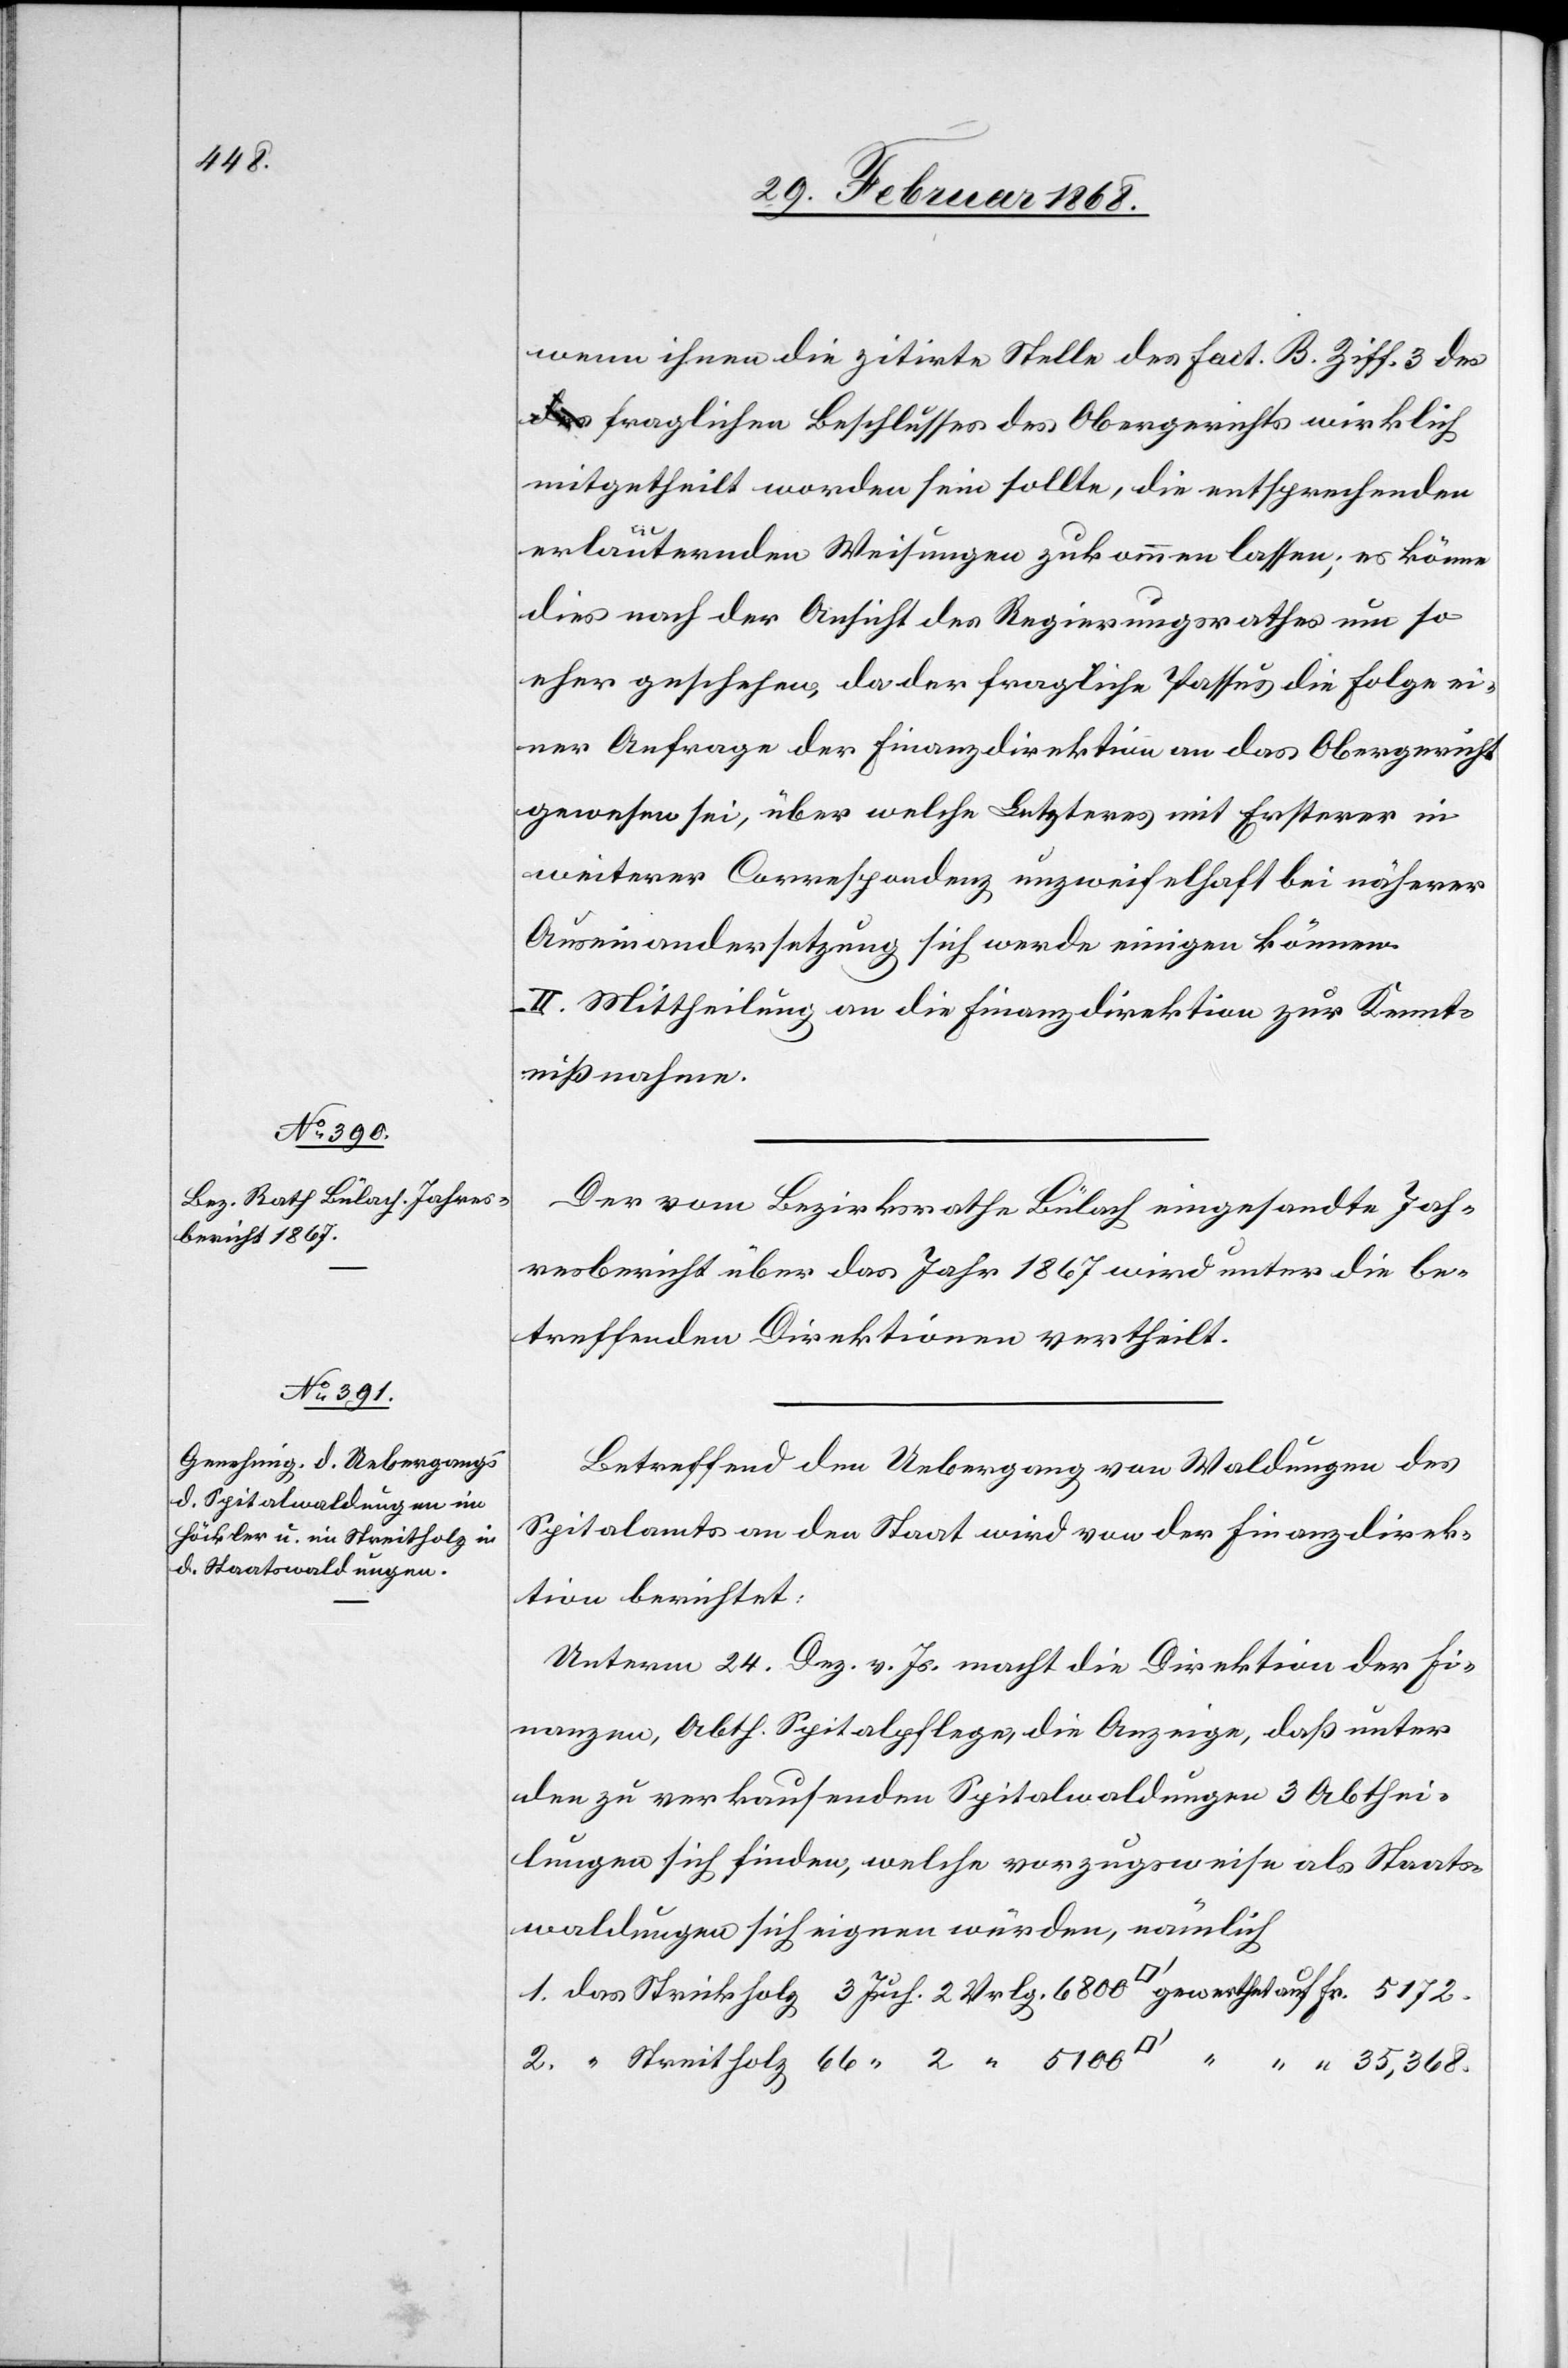
wenn ihnen die zitirte Stelle des Fact. B. Ziff. 3 de¬
s fraglichen Beschlusses des Obergerichts wirklich
mitgetheilt worden sein sollte, die entsprechenden
erläuternden Weisungen zukommen lassen; es könne
dies nach der Ansicht des Regierungsrathes um so
eher geschehen, da der fragliche Passus die Folge ei¬
ner Anfrage der Finanzdirektion an das Obergericht
gewesen sei, über welche Letzteres mit Ersterer in
weiterer Correspondenz unzweifelhaft bei näherer
Auseinandersetzung sich werde einigen können.
II. Mittheilung an die Finanzdirektion zur Kennt¬
nißnahme.
Der vom Bezirksrathe Bülach eingesandte Jah¬
resbericht über das Jahr 1867 wird unter die be¬
treffenden Direktionen vertheilt.
Betreffend den Uebergang von Waldungen des
Spitalamts an den Staat wird von der Finanzdirek¬
tion berichtet:
Unterm 24. Dez. v. Js. macht die Direktion der Fi¬
nanzen, Abth. Spitalpflege, die Anzeige, daß unter
den zu verkaufenden Spitalwaldungen 3 Abthei¬
lungen sich finden, welche vorzugsweise als Staats¬
waldungen sich eignen würden, nämlich
1. das Strickholz 3 Juch. 2 Vrlg. 6800 [Quadratfuß] gewerthet auf Fr. 5172.
2. “ Streitholz 66 “ 2 “ 5100